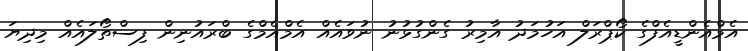
އެމްއެންޑީއެފްގެ ކޯޕްރަލް އަހުމަދު އާމިރު ގެންގުޅުނު ނުވައެއް އެމްއެމްގެ ބްރައުނިން ފިސްތޯލައެއް މިދިޔަ